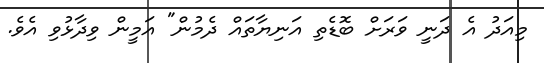
މިއަދު އެ ދަނީ ވަރަށް ބޮޑެތި އަނިޔާތައް ދެމުން" އަމީން ވިދާޅުވި އެވެ.